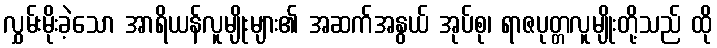
လွှမ်းမိုးခဲ့သော အာရိယန်လူမျိုးများ၏ အဆက်အနွယ် အုပ်စု၊ ရာဇပုတ္တလူမျိုးတို့သည် ထို